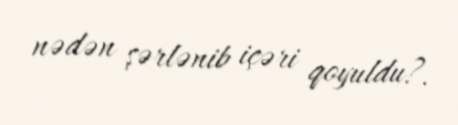
nədən şərlənib içəri qoyuldu?.